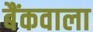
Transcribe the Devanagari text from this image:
बैंकवाला